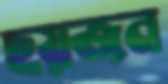
ছয়জন